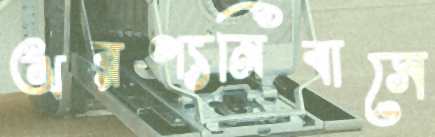
অরণ্যনিবাসে